Vaccination North-Western Provinces and Oudh 1878-1895 - 1878-1895
Year: 1878
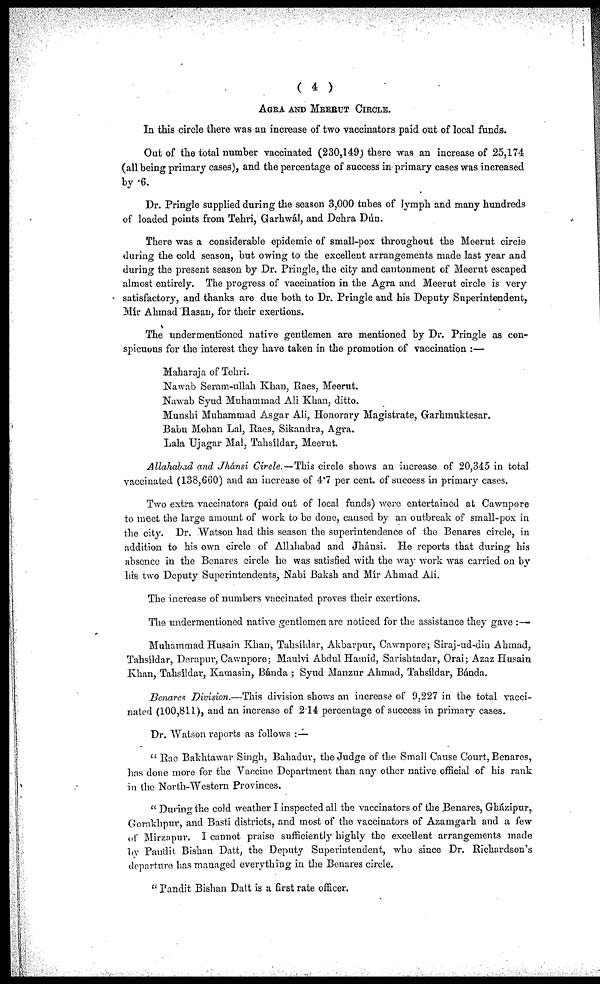
( 4 )
AGRA AND MEERUT CIRCLE.
In this circle there was an increase of two vaccinators paid out of local funds.
Out of the total number vaccinated (230,149) there was an increase of 25,174
(all being primary cases), and the percentage of success in primary cases was increased
by .6.
Dr. Pringle supplied during the season 3,000 tubes of lymph and many hundreds
of loaded points from Tehri, Garhwál, and Dehra Dún.
There was a considerable epidemic of small-pox throughout the Meerut circle
during the cold season, but owing to the excellent arrangements made last year and
during the present season by Dr. Pringle, the city and cantonment of Meerut escaped
almost entirely. The progress of vaccination in the Agra and Meerut circle is very
satisfactory, and thanks are due both to Dr. Pringle and his Deputy Superintendent,
Mír Ahmad Hasan, for their exertions.
The undermentioned native gentlemen are mentioned by Dr. Pringle as con-
spicuous for the interest they have taken in the promotion of vaccination :—
Maharaja of Tehri.
Nawab Seram-ullah Khan, Raes, Meerut.
Nawab Syud Muhammad Ali Khan, ditto.
Munshi Muhammad Asgar Ali, Honorary Magistrate, Garhmuktesar.
Babu Mohan Lal, Raes, Sikandra, Agra.
Lala Ujagar Mal, Tahsildar, Meerut.
Allahabad and Jhánsi Circle.—This circle shows an increase of 20,345 in total
vaccinated (138,660) and an increase of 4.7 per cent. of success in primary cases.
Two extra vaccinators (paid out of local funds) were entertained at Cawnpore
to meet the large amount of work to be done, caused by an outbreak of small-pox in
the city. Dr. Watson had this season the superintendence of the Benares circle, in
addition to his own circle of Allahabad and Jhánsi. He reports that during his
absence in the Benares circle he was satisfied with the way work was carried on by
his two Deputy Superintendents, Nabi Baksh and Mir Ahmad Ali.
The increase of numbers vaccinated proves their exertions.
The undermentioned native gentlemen are noticed for the assistance they gave :—
Muhammad Husain Khan, Tahsíldar, Akbarpur, Cawnpore; Siraj-ud-din Ahmad,
Tahsíldar, Derapur, Cawnpore; Maulvi Abdul Hamid, Sarishtadar, Orai; Azaz Husain
Khan, Tahsíldar, Kamasin, Bánda ; Syud Manzur Ahmad, Tahsildar, Bánda.
Benares Division.—This division shows an increase of 9,227 in the total vacci-
nated (100,811), and an increase of 2.14 percentage of success in primary cases.
Dr. Watson reports as follows :—
" Rae Bakhtawar Singh, Bahadur, the Judge of the Small Cause Court, Benares,
has done more for the Vaccine Department than any other native official of his rank
in the North-Western Provinces.
" During the cold weather I inspected all the vaccinators of the Benares, Gházipur,
Gorakhpur, and Basti districts, and most of the vaccinators of Azamgarh and a few
of Mirzapur. I cannot praise sufficiently highly the excellent arrangements made
by Pandit Bishan Datt, the Deputy Superintendent, who since Dr. Richardson's
departure has managed everything in the Benares circle.
" Pandit Bishan Datt is a first rate officer.